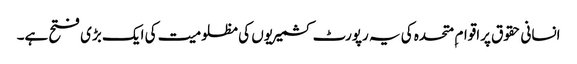
انسانی حقوق پراقوام ِ متحدہ کی یہ رپورٹ کشمیریوں کی مظلومیت کی ایک بڑی فتح ہے۔